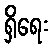
ရှိရေး